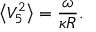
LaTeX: \left< V _ { 5 } ^ { 2 } \right> = \frac { \omega } { \kappa R } .